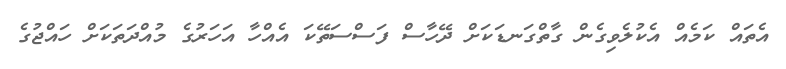
އެތައް ކަމެއް އެކުލެވިގެން ގާތްގަނޑަކަށް ދޭހާސް ފަސްސަތޭކަ އެއްހާ އަހަރުގެ މުއްދަތަކަށް ހައްޖުގެ